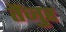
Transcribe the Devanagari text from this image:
तैंजुर